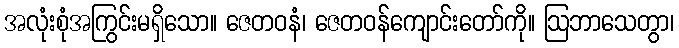
အလုံးစုံအကြွင်းမရှိသော။ ဇေတဝနံ၊ ဇေတဝန်ကျောင်းတော်ကို။ ဩဘာသေတွာ၊